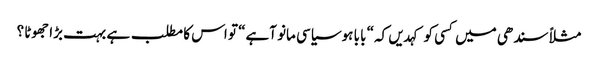
مثلاً سندھی میں کسی کو کہدیں کہ“ با با ہوسیاسی مانو آہے“ تو اس کا مطلب ہے بہت بڑا جھوٹا ؟